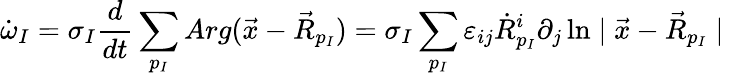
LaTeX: \dot{\omega}_{I}=\sigma_{I}\frac{d}{dt}\sum_{p_{I}}Arg(\vec{x}-\vec{R}_{p_{I}})=\sigma_{I}\sum_{p_{I}}\varepsilon_{ij}\dot{R}_{p_{I}}^{i}\partial_{j}\ln\mid\vec{x}-\vec{R}_{p_{I}}\mid\; \;